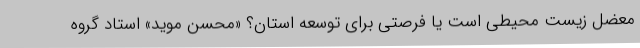
معضل زیست محیطی است یا فرصتی برای توسعه استان؟ «محسن موید» استاد گروه